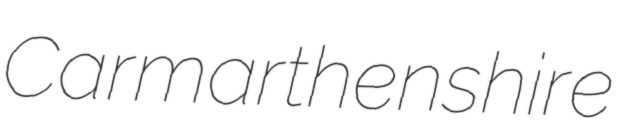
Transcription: Carmarthenshire